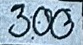
300